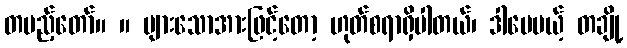
တပည့်တော်။ ။ များသောအားဖြင့်တော့ ဟုတ်စရာရှိပါတယ်၊ ဒါပေမယ့် တချို့